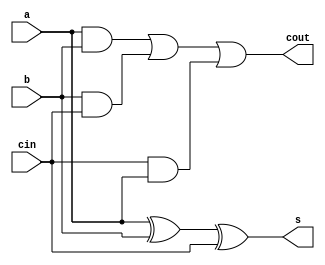
//dataflowmodelling 
module fadataflow(a,b,cin,s,cout);
  input a,b,cin;
  output s,cout;
  assign s=a^b^cin;
  assign cout=a&b|b&cin|cin&a;
endmodule